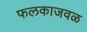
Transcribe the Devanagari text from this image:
फलकाजवळ